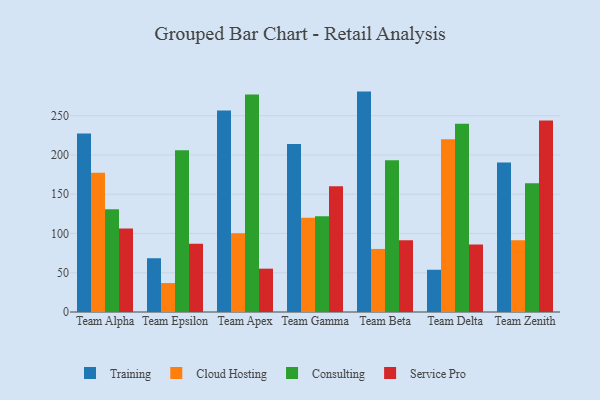
{"axis": {"x": "Team", "y": "Headcount"}, "legend": ["Cloud Hosting", "Consulting", "Service Pro", "Training"], "data": [{"x": "Team Alpha", "y": 227.3, "type": "Training"}, {"x": "Team Alpha", "y": 177.5, "type": "Cloud Hosting"}, {"x": "Team Alpha", "y": 130.8, "type": "Consulting"}, {"x": "Team Alpha", "y": 106.3, "type": "Service Pro"}, {"x": "Team Epsilon", "y": 68.5, "type": "Training"}, {"x": "Team Epsilon", "y": 36.9, "type": "Cloud Hosting"}, {"x": "Team Epsilon", "y": 206.1, "type": "Consulting"}, {"x": "Team Epsilon", "y": 86.8, "type": "Service Pro"}, {"x": "Team Apex", "y": 256.7, "type": "Training"}, {"x": "Team Apex", "y": 100.4, "type": "Cloud Hosting"}, {"x": "Team Apex", "y": 277.0, "type": "Consulting"}, {"x": "Team Apex", "y": 55.2, "type": "Service Pro"}, {"x": "Team Gamma", "y": 213.9, "type": "Training"}, {"x": "Team Gamma", "y": 120.1, "type": "Cloud Hosting"}, {"x": "Team Gamma", "y": 122.1, "type": "Consulting"}, {"x": "Team Gamma", "y": 160.1, "type": "Service Pro"}, {"x": "Team Beta", "y": 280.7, "type": "Training"}, {"x": "Team Beta", "y": 80.3, "type": "Cloud Hosting"}, {"x": "Team Beta", "y": 193.2, "type": "Consulting"}, {"x": "Team Beta", "y": 91.4, "type": "Service Pro"}, {"x": "Team Delta", "y": 53.8, "type": "Training"}, {"x": "Team Delta", "y": 220.0, "type": "Cloud Hosting"}, {"x": "Team Delta", "y": 239.6, "type": "Consulting"}, {"x": "Team Delta", "y": 85.9, "type": "Service Pro"}, {"x": "Team Zenith", "y": 190.4, "type": "Training"}, {"x": "Team Zenith", "y": 91.5, "type": "Cloud Hosting"}, {"x": "Team Zenith", "y": 163.9, "type": "Consulting"}, {"x": "Team Zenith", "y": 243.9, "type": "Service Pro"}]}